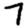
Digit: 7